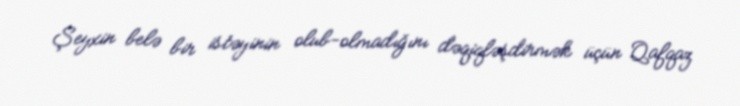
Şeyxin belə bir istəyinin olub-olmadığını dəqiqləşdirmək üçün Qafqaz